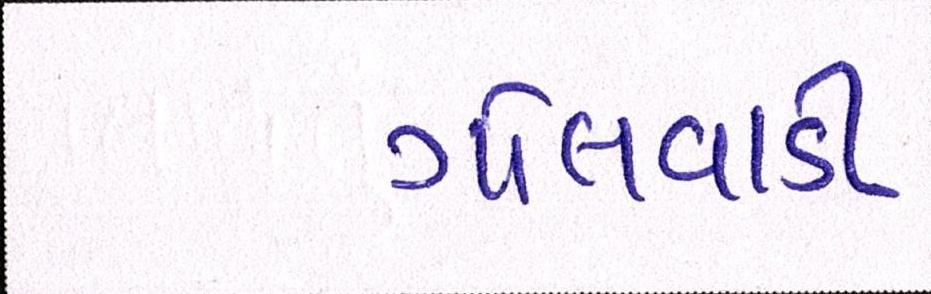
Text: ગોલવાડી